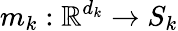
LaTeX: m_{k}:\mathbb{R}^{d_{k}}\rightarrow S_{k}